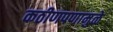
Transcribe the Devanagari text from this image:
कठीणपणामुळे